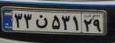
۳۳ن۵۳۱۲۹